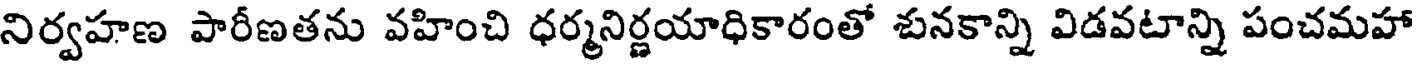
నిర్వహణ పారీణతను వహించి ధర్మనిర్ణయాధికారంతో శునకాన్ని విడవటాన్ని పంచమహా